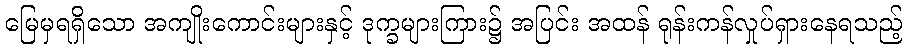
မြေမှရရှိသော အကျိုးကောင်းများနှင့် ဒုက္ခများကြား၌ အပြင်း အထန် ရုန်းကန်လှုပ်ရှားနေရသည့်